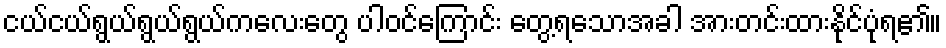
ငယ်ငယ်ရွယ်ရွယ်ရွယ်ကလေးတွေ ပါဝင်ကြောင်း တွေ့ရသောအခါ အားတင်းထားနိုင်ပုံရ၏။